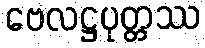
ဗေလဋ္ဌပုတ္တဿ